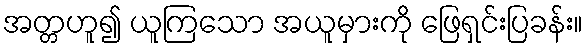
အတ္တဟူ၍ ယူကြသော အယူမှားကို ဖြေရှင်းပြခန်း။